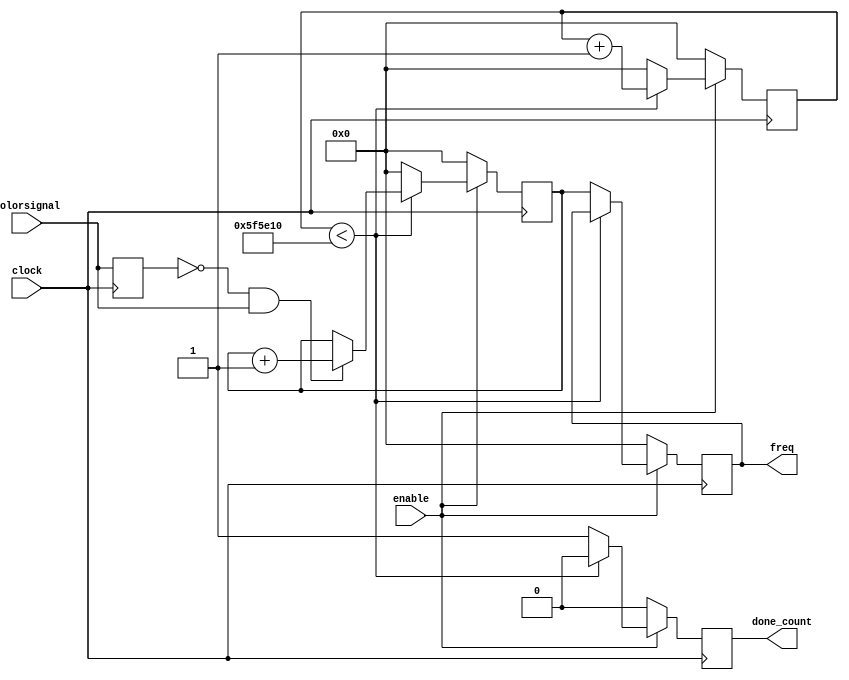
`timescale 1ns / 1ps
//Rice Rodriguez Frequency counter
module frequency(
     // The inputs are...
     input clock,          // 100 MHz clock signal from the Basys3 oscillator
     input enable,       // Enable bit to turn this module ON from another module //basically flag
     input colorsignal, // The signal we're counting the frequency of //IN for Rice's source
     // The outputs are...
     output reg [32:0] freq = 33'b0,    // The frequency we found for the input signal
     output reg done_count = 0 // Done flag so that we can tell that this module has finished counting the frequency of the signal

          
      ); 
      
     // Create a register for the clock signal edge counter. This register will
     // hold the number of positive edges of the clock we've seen. We will use
     // this to know how much time has passed since we started counting our signal.
     reg[32:0] clock_edge_count = 33'b0;
     // Create a register for the signal edge counter. This register will hold the
     // number of positive edges of the input signal we're trying to find the
     // frequency of. We will use this to count how many signal cycles have passed.
     reg [32:0] signal_edge_count = 33'b0;
     // Create a register for the D flip-flop (D-FF). This is the output Q of the
     // D-FF. We're using this to store the state of the input signal (high or low).
     // We do this so we can compare the last known state of the input signal to the
     // current state of the signal.
     reg last_state = 0; //last

     // 100 million / 16 = 6250k
     localparam max = 'd6250000;

     // Flip-flop stores last value in register. We'll be using this to detect
     // the positive edges of the incoming signal
     always @(posedge clock)
          last_state <= colorsignal;

     always @ (posedge clock)
     begin
     done_count = 0;
          if(~enable) begin //when the frequency sub module is not called, make everything ZERO       
               freq = 0;
               signal_edge_count = 0;
               clock_edge_count = 0;
               done_count = 0;
          end
          else begin
               if (clock_edge_count < max)
               begin
                    clock_edge_count <= clock_edge_count + 1;
                    // If value was 0 and is now 1, positive edge detected. Use
                    // this instead of always @ posedge var to prevent
                    // unnecessarily using the clock
                    if(~last_state & colorsignal)
                         signal_edge_count <= signal_edge_count + 1;
               end
               else begin
                    // Reset the frequency variable
                    freq = 0;
                    // Multiply the value counted so far by 16 because it's only
                    // been 1/16th of a second so far
                    freq = signal_edge_count;
                    // Reset the edge count
                    signal_edge_count = 0;
                    // Reset the 1/16th second counter
                    clock_edge_count = 0;
                    // We're done, so set the flag on
                    done_count = 1;
               end
               end
               end
endmodule